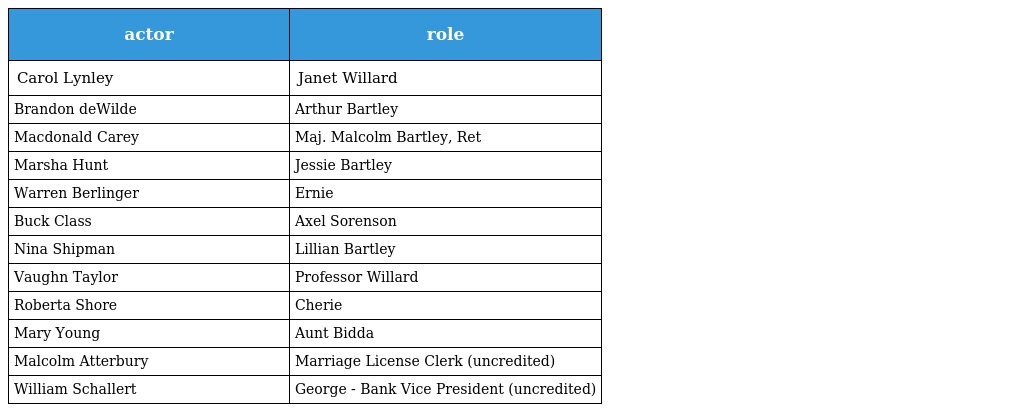
| actor | role |
 | --- | --- |
 | Carol Lynley | Janet Willard |
 | Brandon deWilde | Arthur Bartley |
 | Macdonald Carey | Maj. Malcolm Bartley, Ret |
 | Marsha Hunt | Jessie Bartley |
 | Warren Berlinger | Ernie |
 | Buck Class | Axel Sorenson |
 | Nina Shipman | Lillian Bartley |
 | Vaughn Taylor | Professor Willard |
 | Roberta Shore | Cherie |
 | Mary Young | Aunt Bidda |
 | Malcolm Atterbury | Marriage License Clerk (uncredited) |
 | William Schallert | George - Bank Vice President (uncredited) |